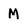
Character: M